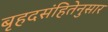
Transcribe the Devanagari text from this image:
बृहदसंहितेनुसार